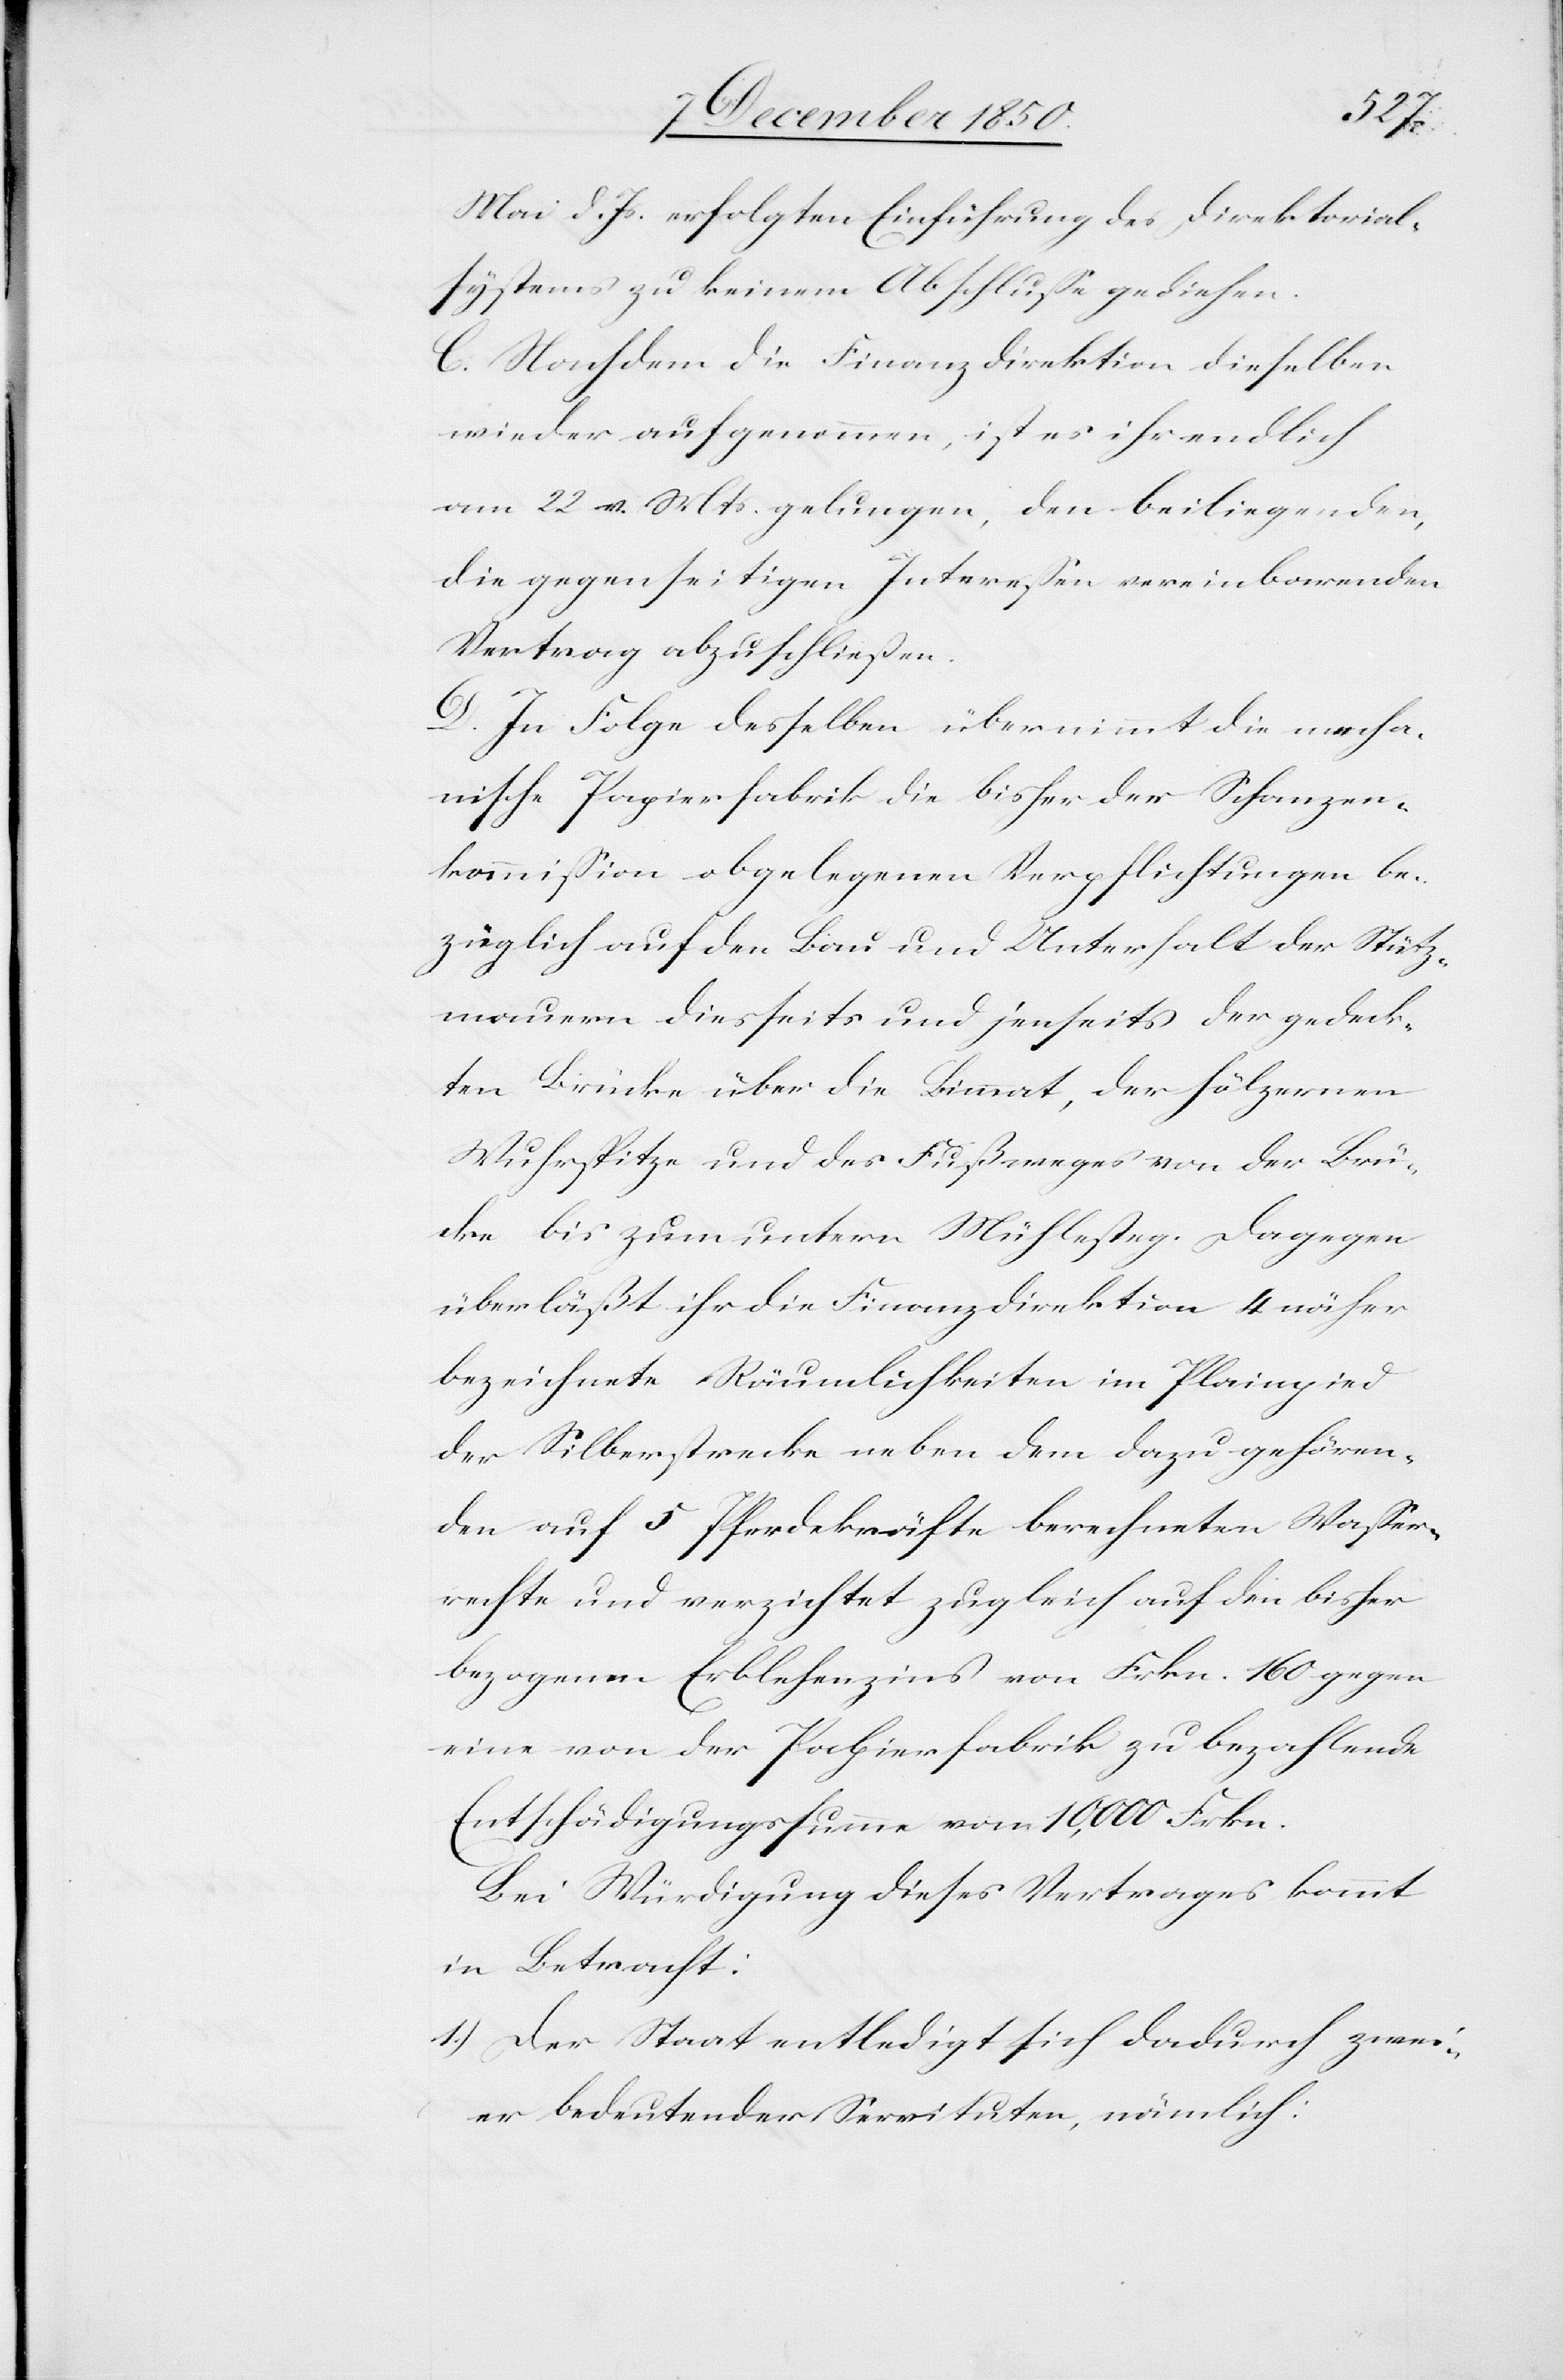
Mai d. Js. erfolgten Einführung des Direktorial¬
systems zu keinem Abschlusse gediehen.
C. Nachdem die Finanzdirektion dieselben
wieder aufgenommen, ist es ihr endlich
am 22 v. Mts. gelungen, den beiliegenden,
die gegenseitigen Interessen vereinbarenden
Vertrag abzuschliessen.
D. In Folge desselben übernimmt die mecha¬
nische Papierfabrik die bisher der Schanzen¬
kommission obgelegenen Verpflichtungen be¬
züglich auf den Bau und Unterhalt der Stütz¬
mauern diesseits und jenseits der gedeck¬
ten Brücke über die Limmat, der hölzernen
Wuhrspitze und des Fußweges von der Brü¬
cke bis zum untern Mühlesteg. Dagegen
überläßt ihr die Finanzdirektion 4 näher
bezeichnete Räumlichkeiten im Plainpied
der Silberstrecke neben dem dazugehören¬
den auf 5 Pferdekräfte berechneten Wasser¬
rechte und verzichtet zugleich auf den bisher
bezogenen Erblehenzins von Frkn. 160 gegen
eine von der Papierfabrik zu bezahlende
Entschädigungssumme von 10,000 Frkn.
Bei Würdigung dieses Vertrages kommt
in Betracht:
1.) Der Staat entledigt sich dadurch zwei¬
er bedeutender Servituten, nämlich: